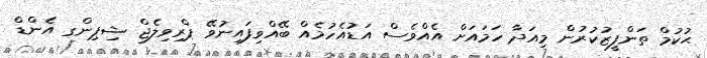
ޙުކުމް ތަންފީޒުކުރުން މިއަދާ ހަމައަށް އެއްވެސް އަޑުއެހުމެއް ބޭއްވިފައިނުވޭ ޕްރިވިލެޖް ޝިޕިންގ އެންޑް